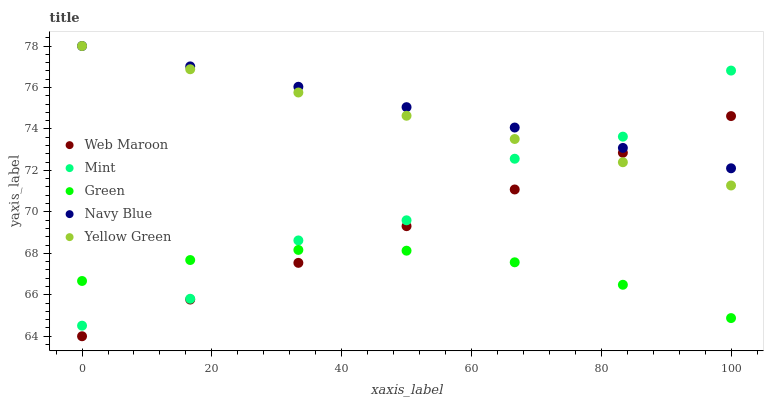
| xaxis_label | Web Maroon | Mint | Green | Navy Blue | Yellow Green |
 | --- | --- | --- | --- | --- | --- |
 | 0 | 64 | 64.5 | 66.7 | 78 | 78 |
 | 16.7 | 65.8 | 65.8 | 67.7 | 77 | 76.9 |
 | 33.3 | 67.5 | 68.6 | 68.2 | 76 | 75.8 |
 | 50 | 69.3 | 69.6 | 68.1 | 75.1 | 74.6 |
 | 66.7 | 71.1 | 72.6 | 67.6 | 74.1 | 73.5 |
 | 83.3 | 72.8 | 73.6 | 66.5 | 73.1 | 72.4 |
 | 100 | 74.6 | 76.8 | 64.9 | 72.1 | 71.3 |